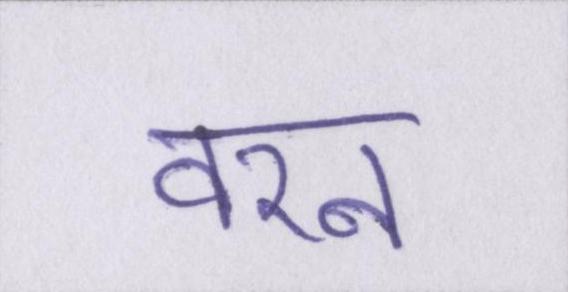
वरन